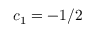
c _ { 1 } = - 1 / 2